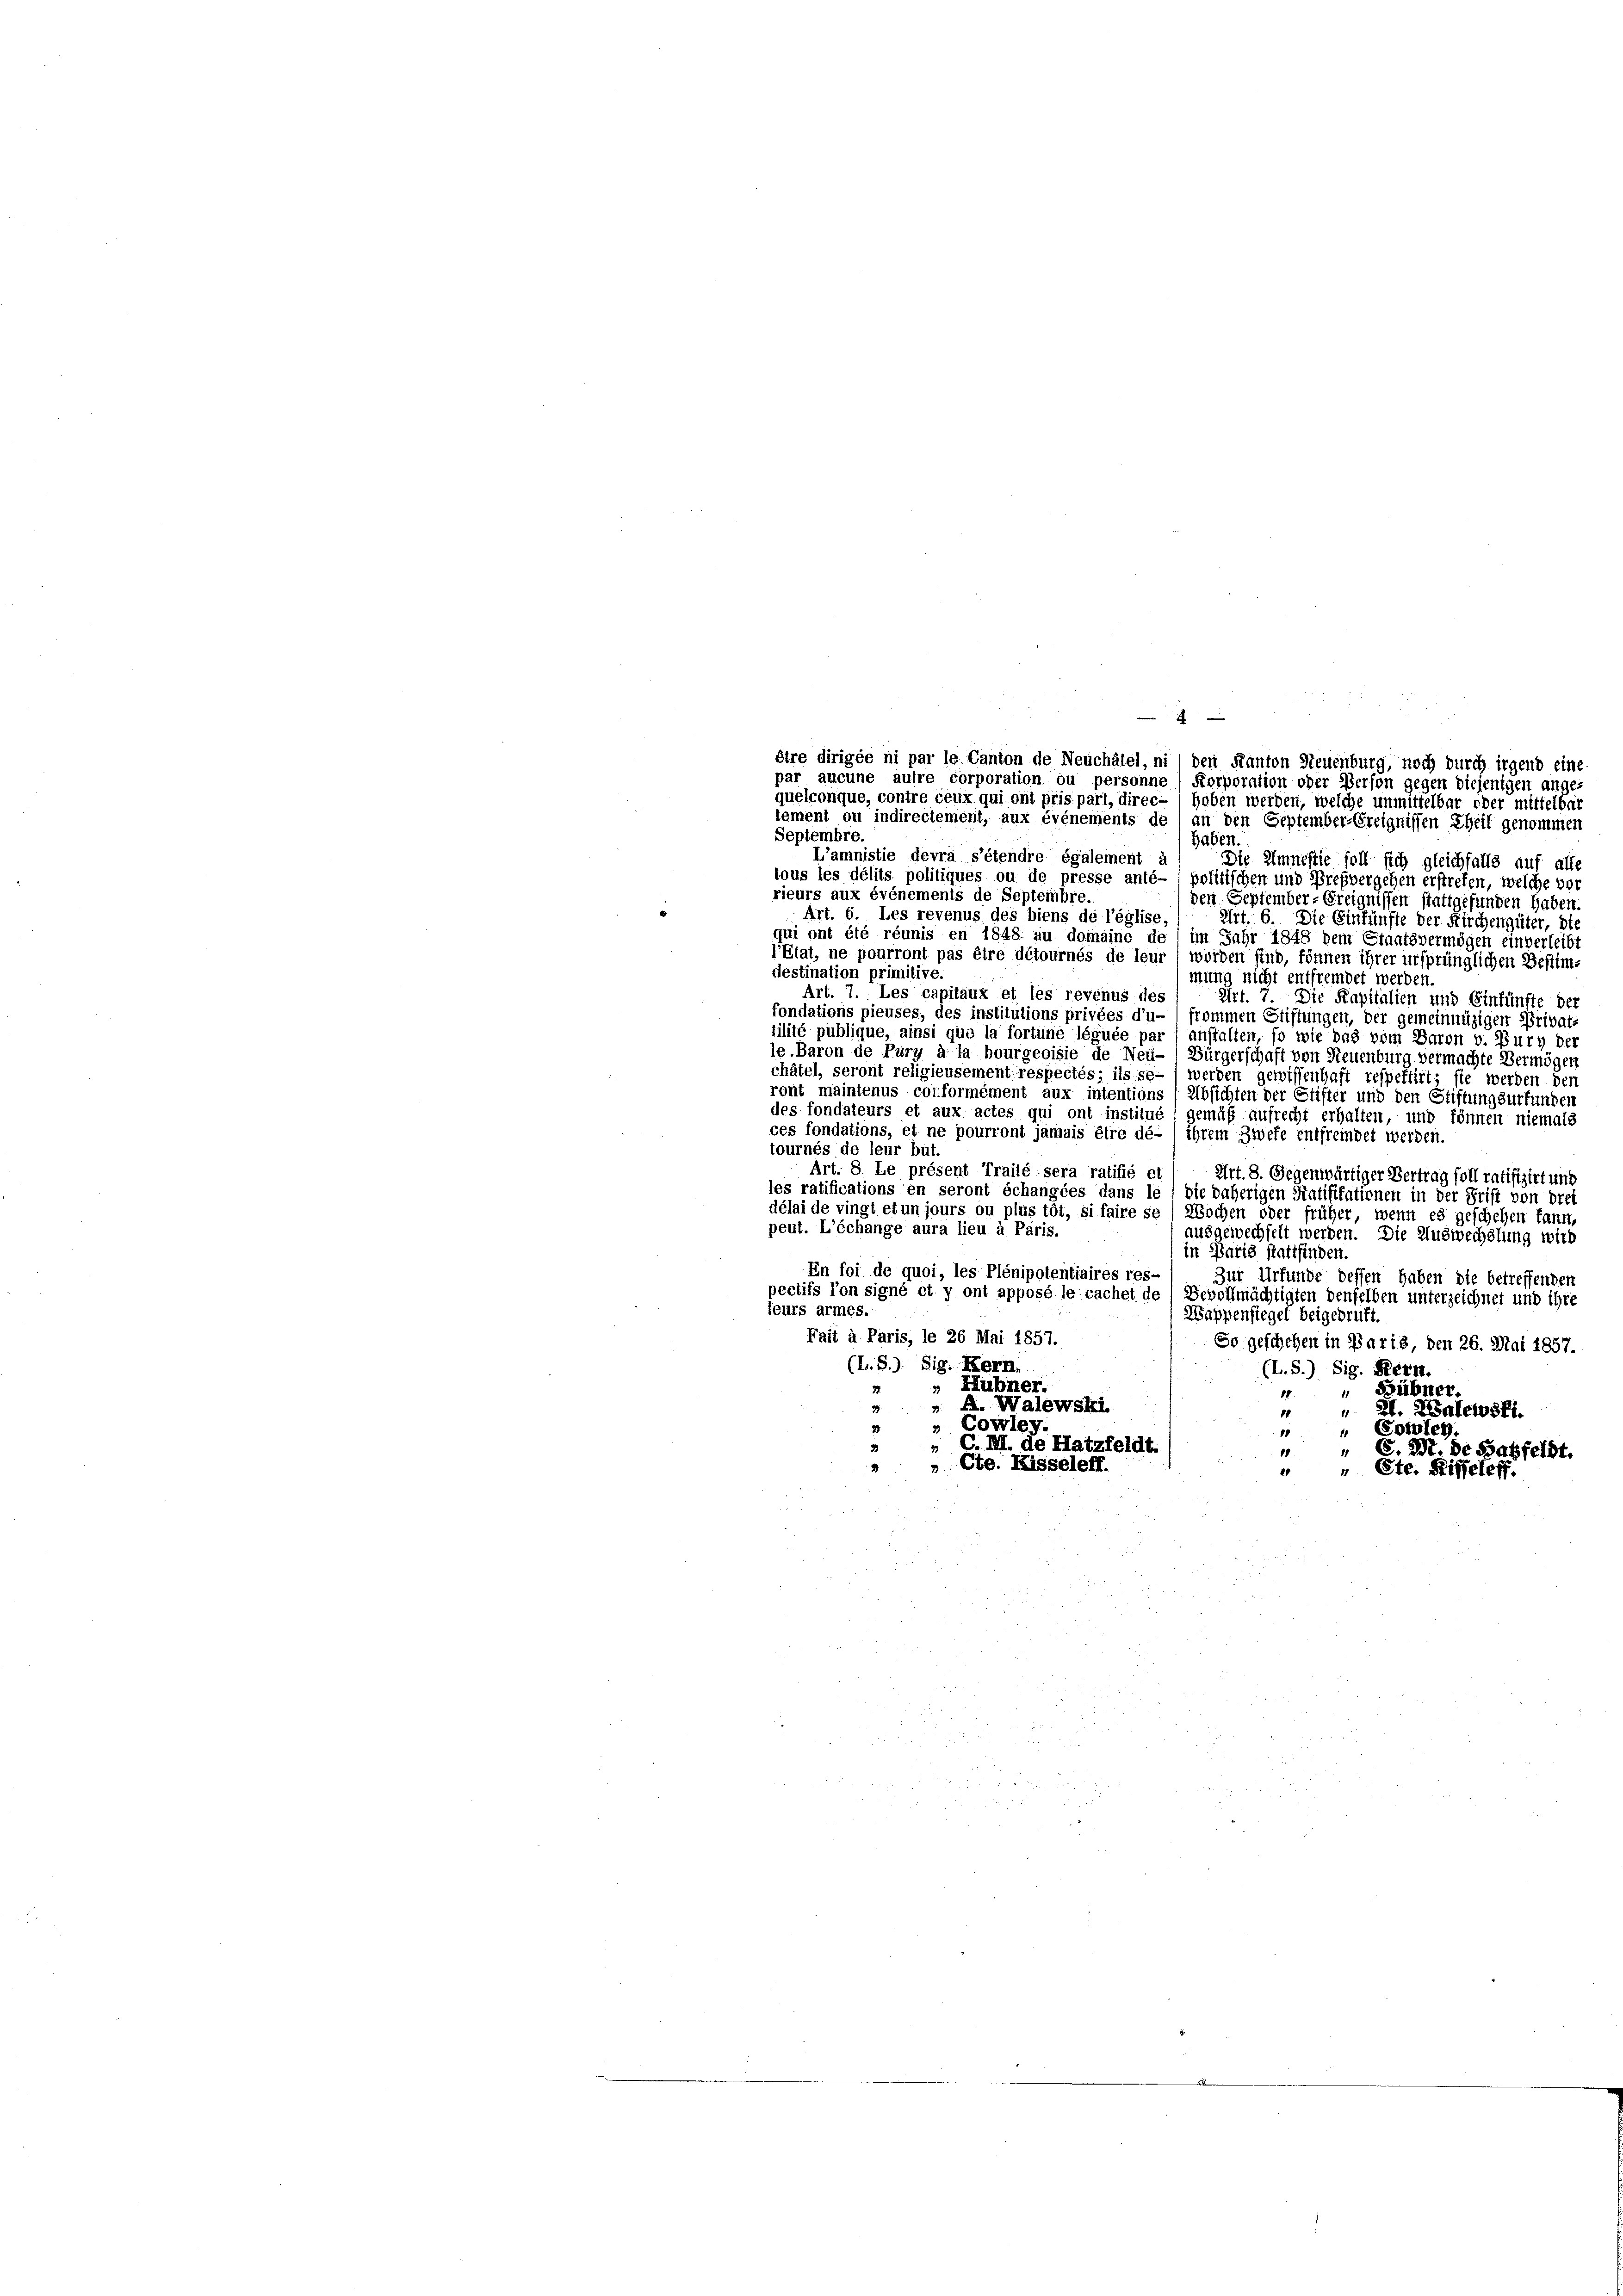
Septembre.
haben.
L’amnistie devra s’étendre également d
Die Amnestie soll sich gleichfalls auf alle
tous les délits politiques ou de presse anté- ( politischen und Prefvergehen erstreten, welche vor
rieurs aux événements de Septembre.
den September-Ereignissen stattgefunden haben.
Art. 6. Les revenus des biens de l’église
Art. 6. Die Einkünfte der Kirchengüter, die
qui ont été réunis en 1848 au domaine de 1 im Jahr 1848 dem Staatsvermögen einverleibt
l’Etat, ne pourront pas être détournés de leur) worden sind, können ihrer ursprünglichen Bestimdestination primitive.
mung nicht entfremdet werden.
Art. 7. Les capitaux et les revenus des
Art. 7. Die Kapitalien und Einfünfte der
fondations pieuses, des institutions privées d’u- frommen Stiftungen, der gemeinnüzigen Privat-
tilité publique, ainsi que la fortune léguée par ( anstalten, so wie das vom Baron v. Burg der
le. Baron de Pury à la bourgeoisie de Neu- ( Bürgerschaft von Neuenburg vermachte Vermögen
châtel, seront religieusement respectés; ils se- 1 werden gewissenhaft respektirt; sie werden der
ront maintenus corformément aux intentions Absichten der Stifter und den Stiftungsurfunden
des fondateurs et aux actes qui ont institué / gemäß aufrecht erhalten, und können niemals
ces fondations, et ne pourront jamais être dé-, ihrem Zwefe entfremdet werden.
tournés de leur but.
Art. 8. Le présent Trailé sera ratifié et
Art. 8. Gegenwärtiger Vertrag soll ratifizirt und
les ratifications en seront échangées dans le 1 die daherigen Statifikationen in der Frist von drei
délai de vingt et un jours ou plus tôt, si faire se / Wochen oder früher, wenn es geschehen kann,
peut. L’échange aura lieu à Paris.
ausgewechselt werden. Die Auswechslung wird
in Paris stattfinden.
En foi de quoi, les Plénipotentiaires res-
Zur Urfunde dessen haben die betreffenden
pectifs l’on signé et y ont apposé le cachet de Bevollmächtigten denselben unterzeichnet und ihre
leurs armes.
Wappensiegel beigebruft.
Fait à Paris, le 26 Mai 1857.
So geschehen in Paris, den 26. Mai 1857.
(L.S.) Sig. Kern.
(L.S.) Sig. Hern.
» Hübner.
„ Bübner.
18
 A. Walewski
2.
1
 St. Galewsft.
Cowley.
20.
“ Coifey.
10
C. M. de Hatzfeldt.
11
" C. Zt. de Babfeldt.
„ Cte. Kisseleff.
2
 " Ete. Riffeleff.

A
être dirigée ni par le Canton de Neuchâtel, ni den Kanton Neuenburg, noch durch irgend eine
par aucune autre corporation ou personne Korporation oder Person gegen diejenigen ange-
quelconque, contre ceux qui ont pris part, direc- /hoben werden, welche unmittelbar oder mittelbar
lement ou indirectement, aux événements de / an den September-Ereignissen Theil genommen